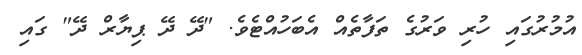
އުމުރުގައި ހުރި ވަރުގެ ތަފާތެއް އެބަހުއްޓެވެ. "ދޭ ދޭ ޕިޔާރް ދޭ" ގައި